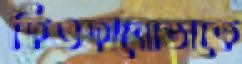
ফিওফানোভাকে